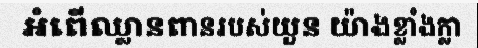
អំពើឈ្លានពានរបស់យួន យ៉ាងខ្លាំងក្លា